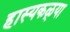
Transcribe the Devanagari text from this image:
हास्यकळ्या